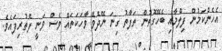
އެހެންކަމުން ފިލްމާއި ބެހޭގޮތުން ތަފާތު ގިނަ ނޭދެވޭ ވާހަކަތައް ވެސް ވަނީ ފެތުރިފައެވެ.